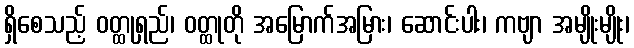
ရှိစေသည့် ဝတ္ထုရှည်၊ ဝတ္ထုတို အမြောက်အမြား၊ ဆောင်းပါး၊ ကဗျာ အမျိုးမျိုး၊